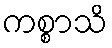
ကစ္စာသိ